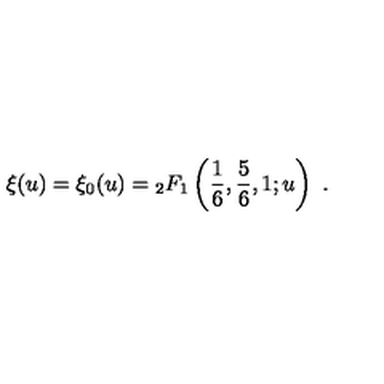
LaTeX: \xi ( u ) = { \xi } _ { 0 } ( u ) = \null _ { 2 } F _ { 1 } \left( \frac { 1 } { 6 } , \frac { 5 } { 6 } , 1 ; u \right) \ .